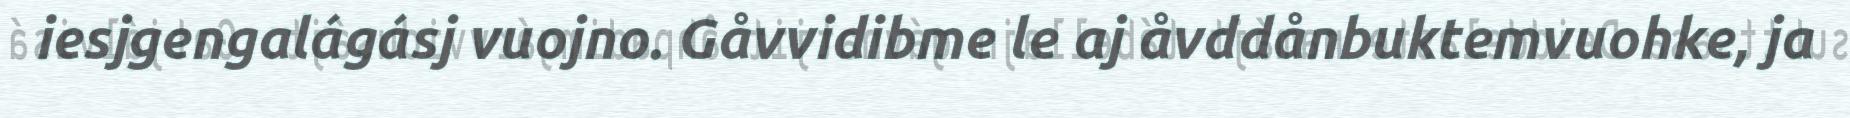
iesjgengalágásj vuojno. Gåvvidibme le aj åvddånbuktemvuohke, ja